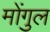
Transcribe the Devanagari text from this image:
मोंगुल